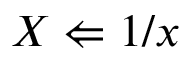
X \Leftarrow 1 / x